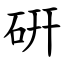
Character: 硏